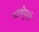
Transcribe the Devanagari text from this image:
भाषेपुरते